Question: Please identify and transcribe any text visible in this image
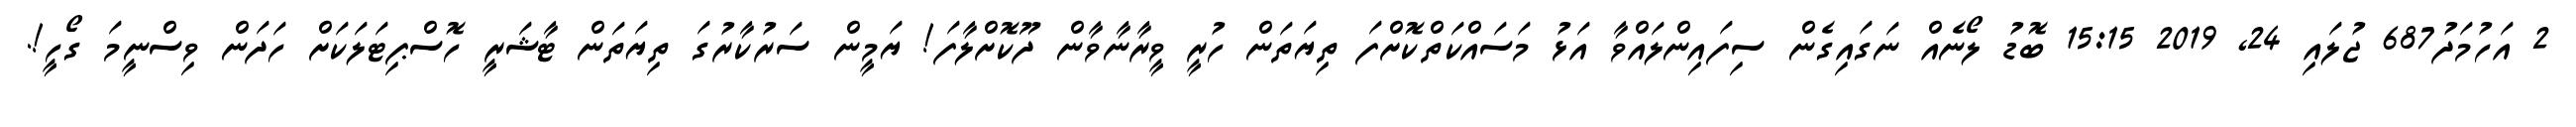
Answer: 2 އަހުމަދު687 ޖުލައި 24, 2019 15:15 ބޮޑު ލޯނެއް ނަގައިގެން ސިފައިންލައްވާ އަޅު މަސައްކަތްކޮށްފަ ތިޔަތަން ހުރީ ވީރާނާވާން ދޫކޮށްލާފަ! ޔަމީން ސަރުކާރުގަ ތިޔަތަން ޓާޝަރީ ހޮސްޕިޓަލަކަށް ހަދަން ވިސްނީމަ ގޯހީ!.